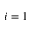
i = 1